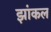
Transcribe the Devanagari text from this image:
झांकल